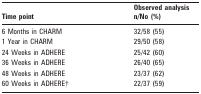
<table><thead><tr><td><b>Time point</b></td><td><b>Observed analysis n/No (%)</b></td></tr></thead><tbody><tr><td>6 Months in CHARM</td><td>32/58 (55)</td></tr><tr><td>1 Year in CHARM</td><td>29/50 (58)</td></tr><tr><td>24 Weeks in ADHERE</td><td>25/42 (60)</td></tr><tr><td>36 Weeks in ADHERE</td><td>26/40 (65)</td></tr><tr><td>48 Weeks in ADHERE</td><td>23/37 (62)</td></tr><tr><td>60 Weeks in ADHERE†</td><td>22/37 (59)</td></tr></tbody></table>